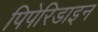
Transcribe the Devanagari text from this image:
पिपेरिडाइन